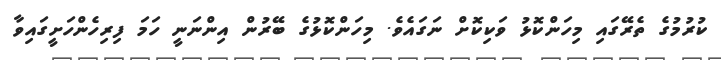
ކުރުމުގެ ތެރޭގައި މިހަންކޮޅު ވަކިކޮށް ނަގައެވެ. މިހަންކޮޅުގެ ބޭރުން އިންނަނީ ހަމަ ފިރިހެންހަށީގައިވާ